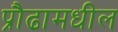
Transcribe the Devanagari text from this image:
प्रौढामधील